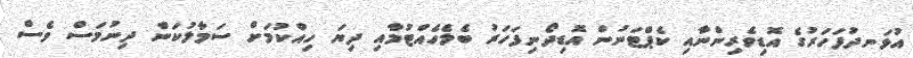
އުޅަނދުފަހަރުގެ އޮޑިވެރިންނާއި ކެޕްޓަނުން އޮޑިދޯނިފަހަރު ބެލެހެއްޓުމާއި ދިޔަ ހިއްކުމަށް ސަމާލުކަން ދިނުމަސް ވެސް